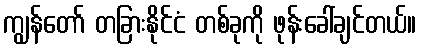
ကျွန်တော် တခြားနိုင်ငံ တစ်ခုကို ဖုန်းခေါ်ချင်တယ်။